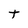
Character: t